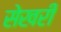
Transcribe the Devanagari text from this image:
सेखरी